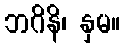
ဘဂိနိ၊ နှမ။